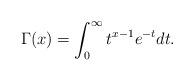
LaTeX: \begin{align*}\Gamma(x)=\int_0^\infty t^{x-1}e^{-t} dt.\end{align*}